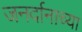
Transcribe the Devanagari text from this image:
जनर्दानाच्या